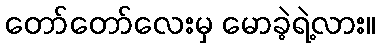
တော်တော်လေးမှ မောခဲ့ရဲ့လား။